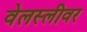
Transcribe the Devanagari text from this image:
वेलस्लीवर